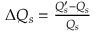
\begin{array} { r } { \Delta Q _ { s } = \frac { Q _ { s } ^ { \prime } - Q _ { s } } { Q _ { s } } } \end{array}